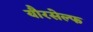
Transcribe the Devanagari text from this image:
यौरसेल्फ